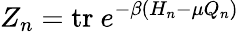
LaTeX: Z_{n}=\mathrm{tr}\ e^{-\beta(H_{n}-\mu Q_{n})}